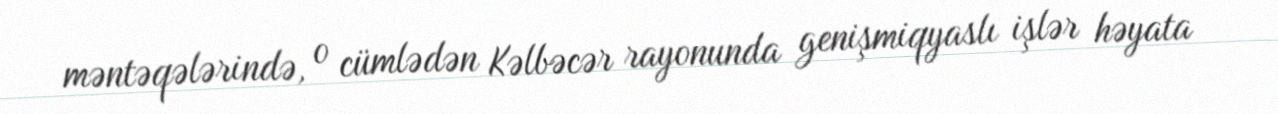
məntəqələrində, o cümlədən Kəlbəcər rayonunda genişmiqyaslı işlər həyata